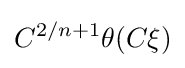
C^{2/n+1}\theta (C\xi )